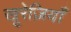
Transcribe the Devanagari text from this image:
खू़रेज़ियाँ